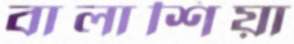
বালাশিয়া